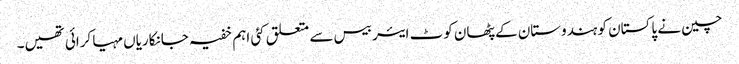
چین نے پاکستان کو ہندوستان کے پٹھان کوٹ ایئر بیس سے متعلق کئی اہم خفیہ جانکاریاں مہیا کرائی تھیں۔